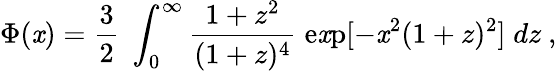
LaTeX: \Phi(\mathit{x})={\frac{{3}}{{2}}}\; \int_{0}^{\infty}{\frac{{1+z^{2}}}{{(1+z)^{4}}}}\; \mathrm{{e\mathit{x}p}}[-\mathit{x}^{2}(1+z)^{2}]\; dz\ ,